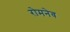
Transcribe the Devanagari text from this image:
रोमनेव